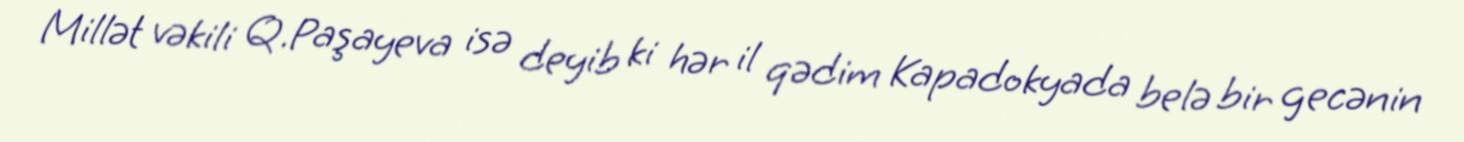
Millət vəkili Q.Paşayeva isə deyib ki hər il qədim Kapadokyada belə bir gecənin